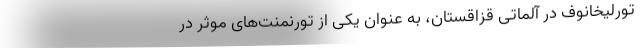
تورلیخانوف در آلماتی قزاقستان، به عنوان یکی از تورنمنت‌های موثر در